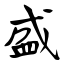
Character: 盛